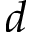
d